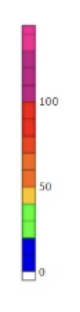
Blue: 0 to 20
Green: 20 to 40
Yellow: 40 to 50
Orange: 50 to 70
Dark Orange: 70 to 80
Red: 80 to 100
Magenta: 100 to 130
Pink: 130 to 145